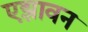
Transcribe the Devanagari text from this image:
एझावन